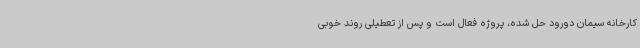
کارخانه سیمان دورود حل شده، پروژه فعال است و پس از تعطیلی روند خوبی